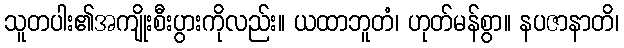
သူတပါး၏အကျိုးစီးပွားကိုလည်း။ ယထာဘူတံ၊ ဟုတ်မန်စွာ။ နပဇာနာတိ၊